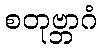
စတုဗ္ဘာဂံ